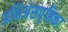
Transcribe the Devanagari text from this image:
अभिअंसपृष्ठिका